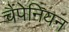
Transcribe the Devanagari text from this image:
चैंपेनियन